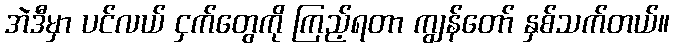
အဲဒီမှာ ပင်လယ် ငှက်တွေကို ကြည့်ရတာ ကျွန်တော် နှစ်သက်တယ်။